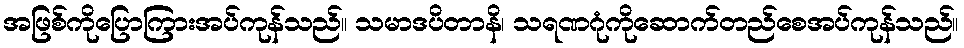
အဖြစ်ကိုပြောကြားအပ်ကုန်သည်။ သမာဒပိတာနိ၊ သရဏဂုံကိုဆောက်တည်စေအပ်ကုန်သည်။